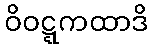
ဝိဝဋ္ဋကထာဒိ